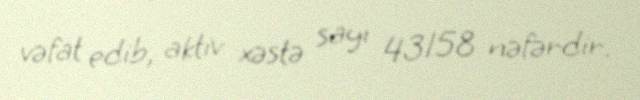
vəfat edib, aktiv xəstə sayı 43158 nəfərdir.